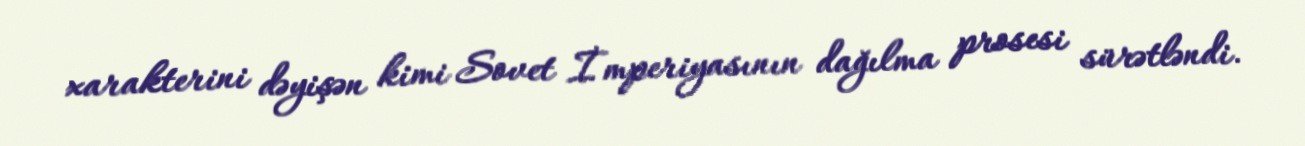
xarakterini dəyişən kimi Sovet İmperiyasının dağılma prosesi sürətləndi.